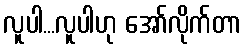
လူပါ...လူပါဟု အော်လိုက်တာ